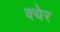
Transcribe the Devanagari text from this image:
क्येर